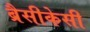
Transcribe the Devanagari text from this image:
ब्रैसीकेसी